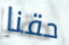
حقنا